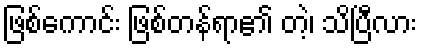
ဖြစ်ကောင်း ဖြစ်တန်ရာ၏ တဲ့၊ သိပြီလား